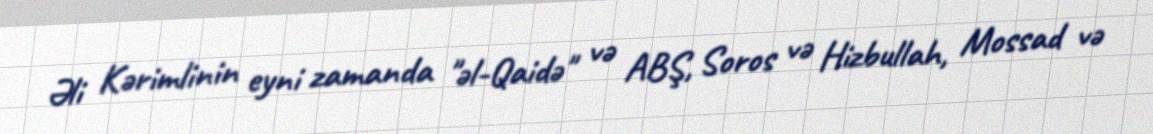
Əli Kərimlinin eyni zamanda "əl-Qaidə" və ABŞ, Soros və Hizbullah, Mossad və